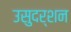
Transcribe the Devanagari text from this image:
उसुदर्शन